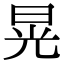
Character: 晃